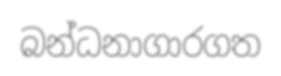
බන්ධනාගාරගත